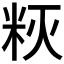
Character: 𰪳